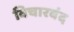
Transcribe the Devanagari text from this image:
विचारबंद